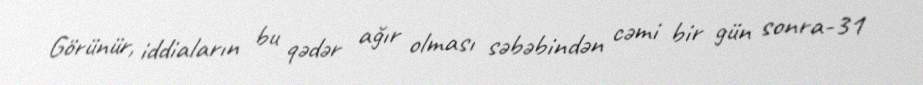
Görünür, iddiaların bu qədər ağır olması səbəbindən cəmi bir gün sonra-31